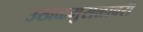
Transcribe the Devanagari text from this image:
उखळमुसळावरी